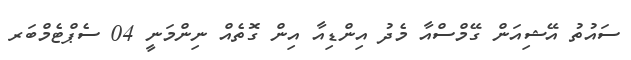
ސައުތު އޭޝިއަން ގޭމްސްއާ މެދު އިންޑިއާ އިން ގޮތެއް ނިންމަނީ 04 ސެޕްޓެމްބަރ